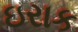
ઇરાક